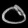
Digit: ၀